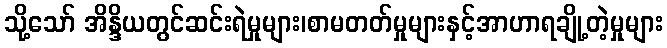
သို့သော် အိန္ဒိယတွင်ဆင်းရဲမှုများ၊စာမတတ်မှုများနှင့်အာဟာရချို့တဲ့မှုများ